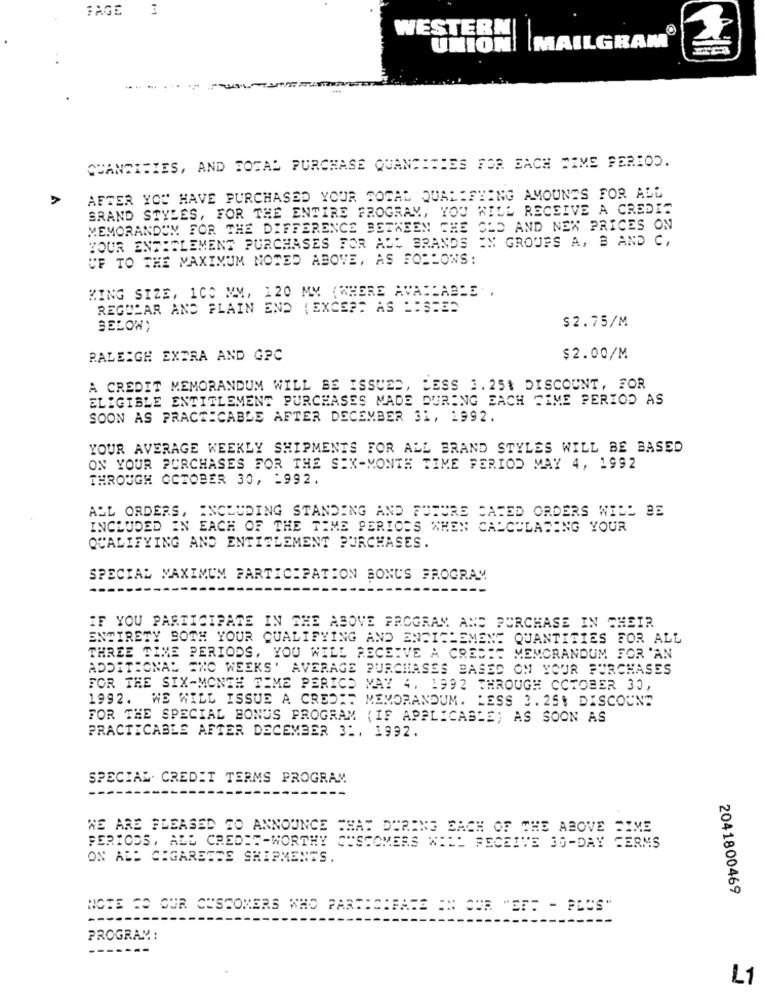
FAGE
WESTERN
UNION| |MAILGRAM
QUANTITIES, AND TOTAL PURCHASE QUANTITIES FOR EACH TIME PERIOD.
AFTER YOU HAVE PURCHASED YOUR SOCAL QUALIFYING AMOUNTS FOR ALL
BRAND STYLES, FOR THE ENTIRE PROGRAM, YOU WILL RECEIVE A CREDIT
MEMORANDUM FOR THE DIFFERENCE BETWEEN THE OLD AND NEW PRICES ON
YOUR ENTECLEMENT PURCHASES FOR ALL BRANDS IN GROUPS A, B AND C,
UF TO THE MAXIMUM NOTED ABOVE, AS FOLLOWS:
KING SIZE, 1CO MM, 120 MM (WHERE AVAILABLE .
REGULAR AND PLAIN END ( EXCEPT AS LISTED
$2.75/M
BELOW)
RALEIGH EXTRA AND GPC
$2.00/M
A CREDIT MEMORANDUM WILL BE ISSUED, LESS 3. 25% DISCOUNT, FOR
ELIGIBLE ENTITLEMENT PURCHASES MADE DURING EACH TIME PERIOD AS
SOON AS PRACTICABLE AFTER DECEMBER 31, 1992.
YOUR AVERAGE WEEKLY SHIPMENTS FOR ALL BRAND STYLES WILL BE BASED
ON YOUR PURCHASES FOR THE SIX-MONTH TIME PERIOD MAY 4, 1992
THROUGH OCTOBER 30, - 992.
ALL ORDERS, INCLUDING STANDING AND FUTURE CATED ORDERS WILL BE
INCLUDED IN EACH OF THE TIME PERIODS WHEN CALCULADONG YOUR
QUALIFYING AND ENTITLEMENT PURCHASES.
SPECIAL MAXIMUM PARTICIPATION BONUS PROGRAM
------
IF YOU PARTICIPATE IN THE ABOVE PROGRAM AND PURCHASE IN THEIR
ENTIRETY BOTH YOUR QUALIFYING AND ENSICLEMENT QUANTITIES FOR ALL
THREE TIME PERIODS, YOU WILL RECEIVE A CREDIT MEMORANDUM FOR 'AN
ADDITIONAL "NO WEEKS' AVERAGE PURCHASES BASED ON YOUR PURCHASES
FOR THE SIX-MONTH TIME PERICO MAY 4, 1992 THROUGH OCTOBER 30,
1992. WE WILL ISSUE A CREDIT MEMORANDUM. LESS 3. 25% DISCOUNT
FOR THE SPECIAL BONUS PROGRAM { IF APPLICABLE; AS SOON AS
PRACTICABLE AFTER DECEMBER 31, 1992.
SPECIAL. CREDIT TERMS PROGRAM
WE ARE PLEASED TO ANNOUNCE THAT DURING EACH OF THE ABOVE
PERIODS, ALL CREDIT-WORTHY C
"SCOMERS WILL RECEIVE 30-DAY CB
ON ABE CIGARETTE SHIPMENTS.
2041800469
NOTE CO OUR CUSTOMERS WHO PARTICIPATE IN OUR "EFT - PLUS"
PROGRAM:
------
L1